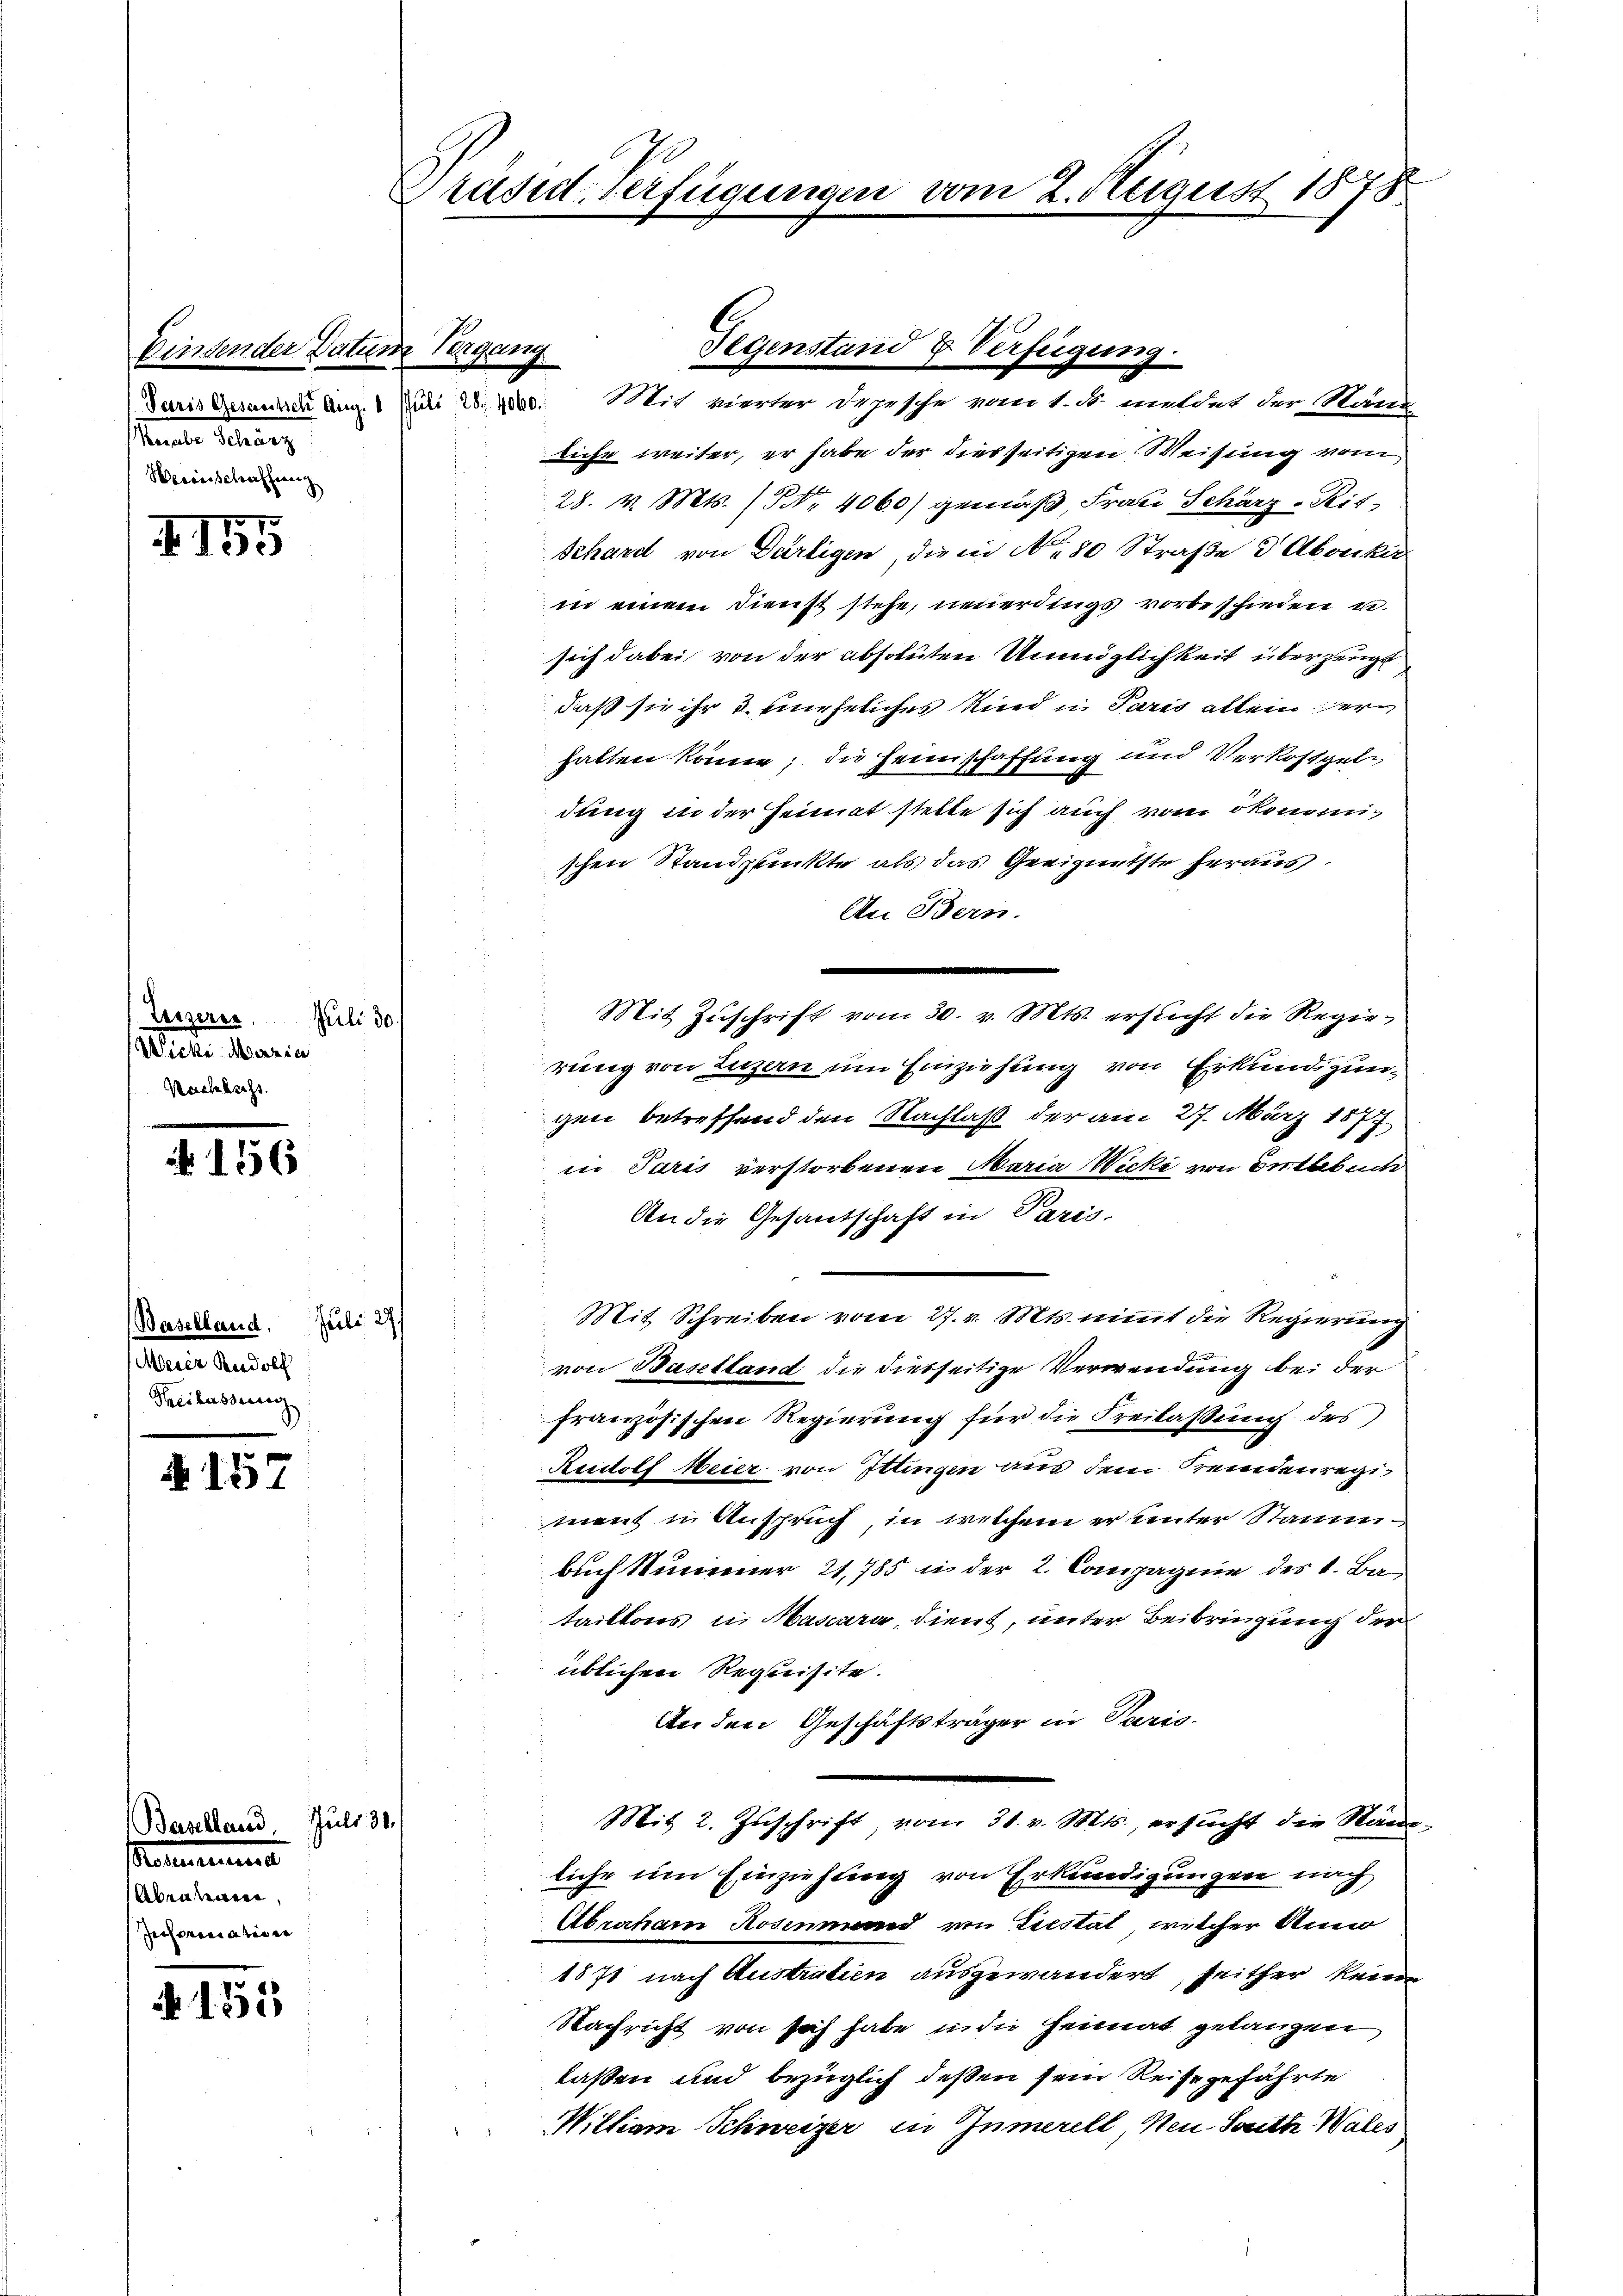
Bindender Datum Vergang
anete Petenen
Werrascheffing

I 155

Leizeris
atliche. Maria
Nachbuchs.

156

A 157

A 155

Juli 30.

Baselland. Juli 27/
Meier Rudolf
Freilassung

Baselland. Juli 31./
Bernennung
Abraham
Jechanication

Präsid. Verfügungen vom 2. August 1878

liche weiter, er habe der dies seitigen Weisung vom
b
28. v. Mts. (N. 4060) gemäß, Frau Schärz-Rit,
Schard von Därligen, die in No 80 Straße & Abonki
in einem Dienst stehe, neuerdings vorbeschieden u.
sich dabei von der absoluten Unmöglichkeit überzeugt
daß sie ihr 3. Eineheliches Ried in Paris allein er
hatten könne; die Heimschaffung und Verkostgele
dung in der Heimat stelle sich auch vom ökonomischen Standplückte als das Geeignetste heraus.
An Bern.
Mit Zuschrift vom 30. v. Mts. ersicht die Regierung von Luzern um Einziehung von Erkundzungen betreffend den Nachlaß der am 27. März 1877
in Paris verstorbenen Maria Wicki von Entlebuch
An die Gesantschaft in Paris
Mit Schreiben vom 27. v. Mts. nimt die Regierung
von Baselland die diesseitige Verwendung bei der
französischen Regierung für die Freilassung des
Rudolf Meier von Ittingen aus dem Fremdenregi
ment in Anspruch, in welchem er unter Stammbuch Summer 21,785 in der 2. Compagnie des 1. Bataillons in Hascara, dient, unter Beibringung der
üblichen Requisite.
An den Geschäftsträger in Paris.
Mit 2. Zŭschrift, vom 31. v. Mts., ersŭcht die Näne-
liche um Einziehlung von Erkundigungen nach
Abraham Rosinand von Trestat, welcher Anno
1571 nach Austratien ausgewandert, seither keine
Nachricht von sich habe in die Heimat gelangen,
laßen und bezüglich deßen sein Reisegefährte
Wiltiam Schweizer in Innerell, Neu-South Wales

Gegenstand & Verfügung.
Paris Gesungen Aug. 1 Juli eine Mit vierter Depesche vom 1. S. meldet der Kant